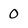
Character: 0